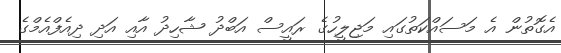
އެގޮތުން އެ މަސައްކަތުގައި މަޖިލީހުގެ ރައީސް އަބްދު ޝާހިދު އާއި އަދި ދިއެފްއެމްގެ